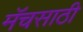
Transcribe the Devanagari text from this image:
मॅचसाठी